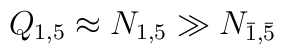
Q_{1,5} \approx N_{1,5} \gg N_{\bar 1, \bar 5}